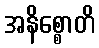
အနိစ္စောတိ